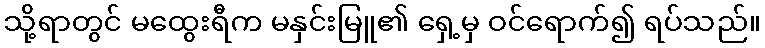
သို့ရာတွင် မထွေးရီက မနှင်းမြူ၏ ရှေ့မှ ဝင်ရောက်၍ ရပ်သည်။